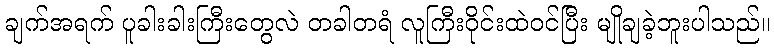
ချက်အရက် ပူခါးခါးကြီးတွေလဲ တခါတရံ လူကြီးဝိုင်းထဲဝင်ပြီး မျိုချခဲ့ဘူးပါသည်။